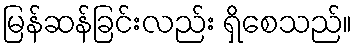
မြန်ဆန်ခြင်းလည်း ရှိစေသည်။